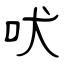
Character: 吠